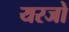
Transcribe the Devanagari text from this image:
यरजो